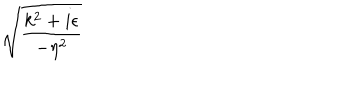
LaTeX: \sqrt { \frac { k ^ { 2 } + i \epsilon } { - \eta ^ { 2 } } }